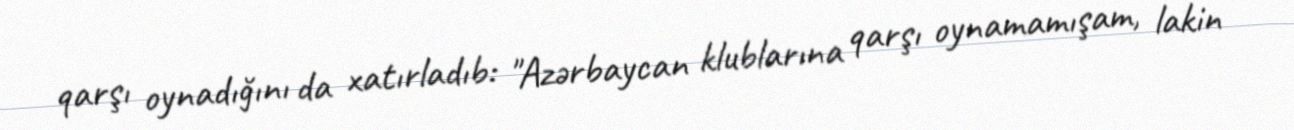
qarşı oynadığını da xatırladıb: "Azərbaycan klublarına qarşı oynamamışam, lakin